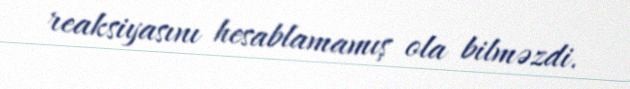
reaksiyasını hesablamamış ola bilməzdi.